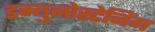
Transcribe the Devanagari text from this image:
इम्युनोस्टेनिंग